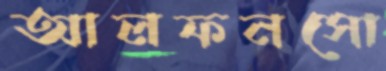
আলফনসো